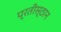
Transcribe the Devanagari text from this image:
प्रतीस्ठान